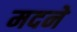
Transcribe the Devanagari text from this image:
मदने